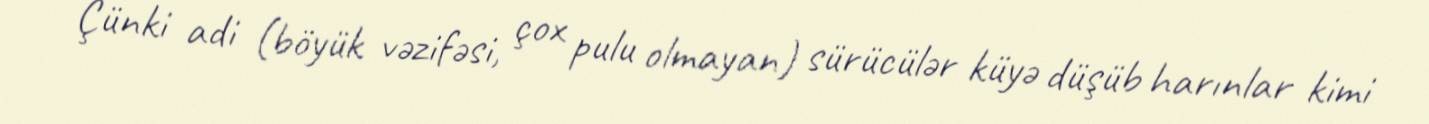
Çünki adi (böyük vəzifəsi, çox pulu olmayan) sürücülər küyə düşüb harınlar kimi